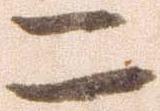
二